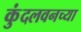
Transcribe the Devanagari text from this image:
कुंदलवनच्या